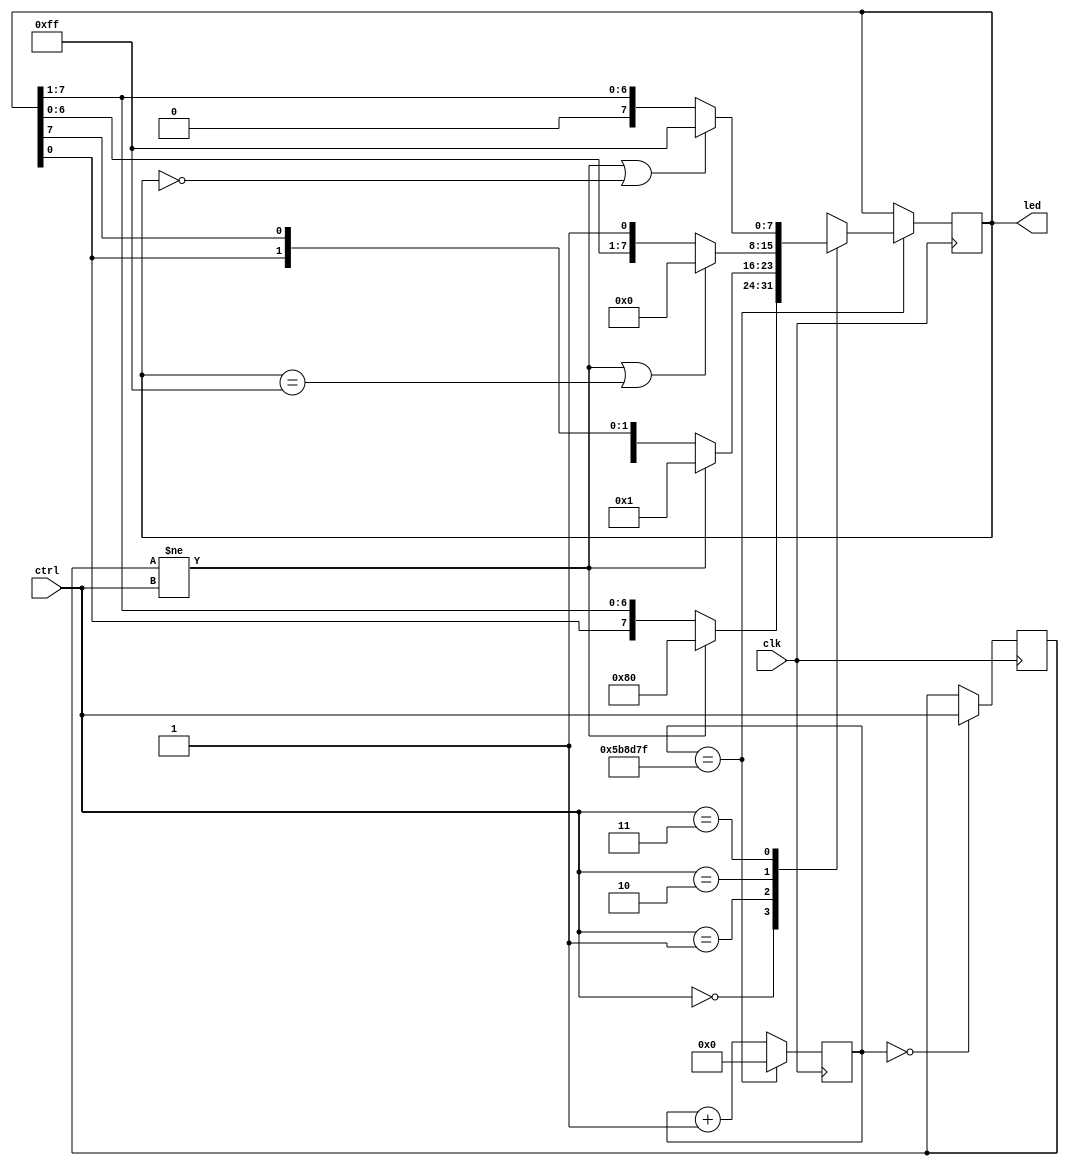
`timescale 1ns / 1ps
//////////////////////////////////////////////////////////////////////////////////
// Company: Myminieye
// 
// Create Date:   
// Design Name:  
// Module Name:  led
// Project Name: 
// Target Devices: Gowin
// Tool Versions: 
// Description: 
//      
// Dependencies: 
// 
// Revision:
// Revision 0.01 - File Created
// Additional Comments:
// 
//////////////////////////////////////////////////////////////////////////////////

`define UD #1
module led(
    input         clk,
    input  [1:0]  ctrl,
                  
    output [7:0]  led
);

    reg [24:0] led_light_cnt = 25'd0;
    reg [ 7:0] led_status = 8'b1000_0000;
    
    //  time counter
    always @(posedge clk)
    begin
        if(led_light_cnt == 25'd599_9999)
            led_light_cnt <= `UD 25'd0;
        else
            led_light_cnt <= `UD led_light_cnt + 25'd1; 
    end
    
    reg [1:0] ctrl_1d;    //ledctrl
    always @(posedge clk)
    begin
        if(led_light_cnt == 25'd0)
            ctrl_1d <= ctrl;
    end

    // led status change
    always @(posedge clk)
    begin
        if(led_light_cnt == 25'd599_9999)//0.5s 
        begin
            case(ctrl)
                2'd0 :  //led
                begin
                    if(ctrl_1d != ctrl)
                        led_status <= `UD 8'b1000_0000;
                    else
                        led_status <= `UD {led_status[0],led_status[7:1]};
                end
                2'd1 :  //led
                begin
                    if(ctrl_1d != ctrl)
                        led_status <= `UD 8'b0000_0001;
                    else
                        led_status <= `UD {led_status[6:0],led_status[7]};
                end
                2'd2 :  //
                begin
                    if(ctrl_1d != ctrl || led_status == 8'b1111_1111)
                        led_status <= `UD 8'b0000_0000;
                    else
                        led_status <= `UD {led_status[6:0],1'b1};
                end
                2'd3 :  //
                begin
                    if(ctrl_1d != ctrl || led_status == 8'b0000_0000)
                        led_status <= `UD 8'b1111_1111;
                    else
                        led_status <= `UD {1'b0,led_status[7:1]};
                end
            endcase
        end
    end

    assign led = led_status;

endmodule